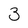
Character: 3